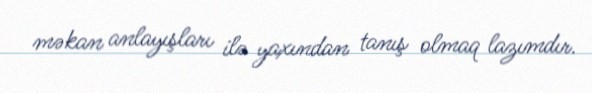
məkan anlayışları ilə yaxından tanış olmaq lazımdır.